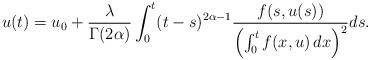
LaTeX: \begin{align*}u(t)=u_0+\frac{\lambda}{\Gamma (2\alpha )}\int_0^{t}(t-s)^{2\alpha-1} \frac{f(s, u(s))}{\left( \int_{0}^{t}f(x, u)\, dx\right)^{2}} ds. \end{align*}